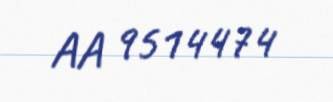
AA 9514474